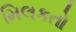
મિલકતો